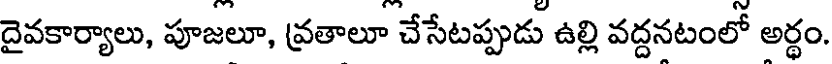
దైవకార్యాలు, పూజలూ, వ్రతాలూ చేసేటప్పుడు ఉల్లి వద్దనటంలో అర్థం.